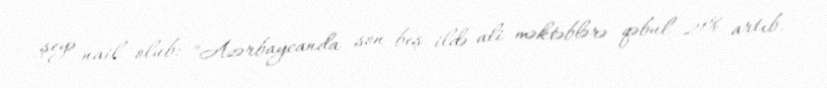
şeyə nail olub: "Azərbaycanda son beş ildə ali məktəblərə qəbul 21% artıb.